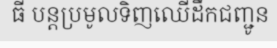
ធី បន្តប្រមូលទិញឈើដឹកជញ្ជូន